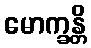
မောက္ခန္တိ